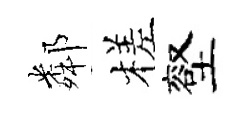
鄰槎壑